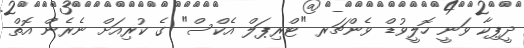
ދީޕިކާ ވަނީ ހޮލީވުޑް ވެންޗަރ "ޓްރިޕަލް އެކްސް" ގެ ކުރިއަށް ނެރެން އޮތް